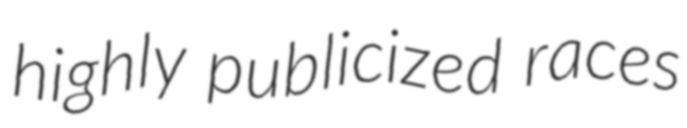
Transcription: highly publicized races